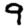
Digit: 9